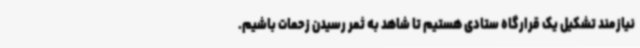
نیازمند تشکیل یک قرارگاه ستادی هستیم تا شاهد به ثمر رسیدن زحمات باشیم.